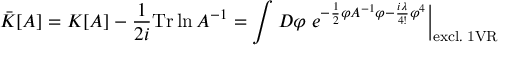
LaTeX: \bar { \cal K } [ A ] = { \cal K } [ A ] - \frac { 1 } { 2 i } \mathrm { T r } \ln A ^ { - 1 } = \int { \cal D } \varphi \left. e ^ { - \frac { 1 } { 2 } \varphi A ^ { - 1 } \varphi - \frac { i \lambda } { 4 ! } \varphi ^ { 4 } } \right| _ { \mathrm { e x c l . \; 1 V R } }